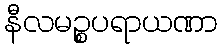
နီလမဉ္စပရာယဏာ